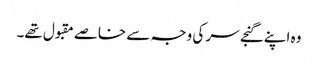
وہ اپنے گنجے سر کی وجہ سے خاصے مقبول تھے۔